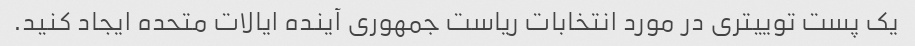
یک پست توییتری در مورد انتخابات ریاست جمهوری آینده ایالات متحده ایجاد کنید.